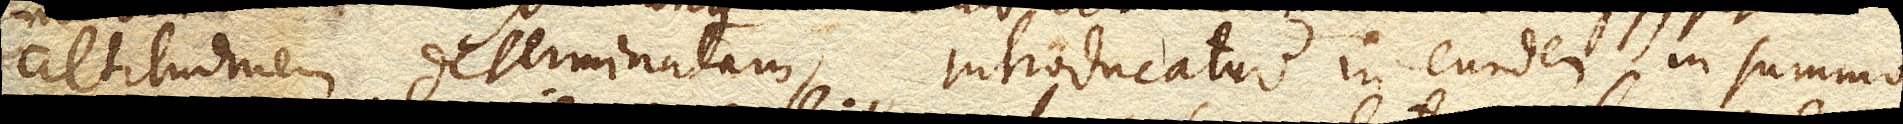
altitudinem determinatam, introducatur in eundem in summo